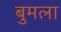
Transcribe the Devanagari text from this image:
बुमला